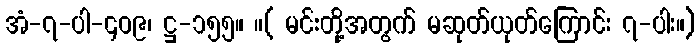
အံ-၇-ပါ-၄၀၉၊ ဋ္ဌ-၁၅၅။ ။( မင်းတို့အတွက် မဆုတ်ယုတ်ကြောင်း ၇-ပါး။)